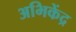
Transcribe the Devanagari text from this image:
अभिकेंद्र